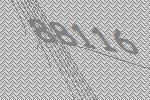
88116